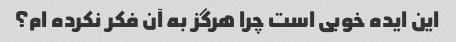
این ایده خوبی است چرا هرگز به آن فکر نکرده ام؟